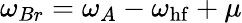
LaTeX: \omega_{Br}=\omega_{A}-\omega_{\mathrm{hf}}+\mu